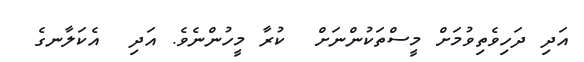
އަދި ދަހިވެތިވުމަށް މީސްތަކުންނަށް  ކުރާ މީހުންނެވެ. އަދި  އެކަލާނގެ